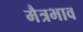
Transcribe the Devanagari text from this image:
मैत्रभाव